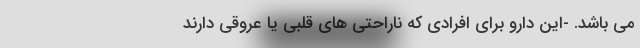
می باشد. -این دارو برای افرادی که ناراحتی های قلبی یا عروقی دارند